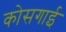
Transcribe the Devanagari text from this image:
कोसगाई